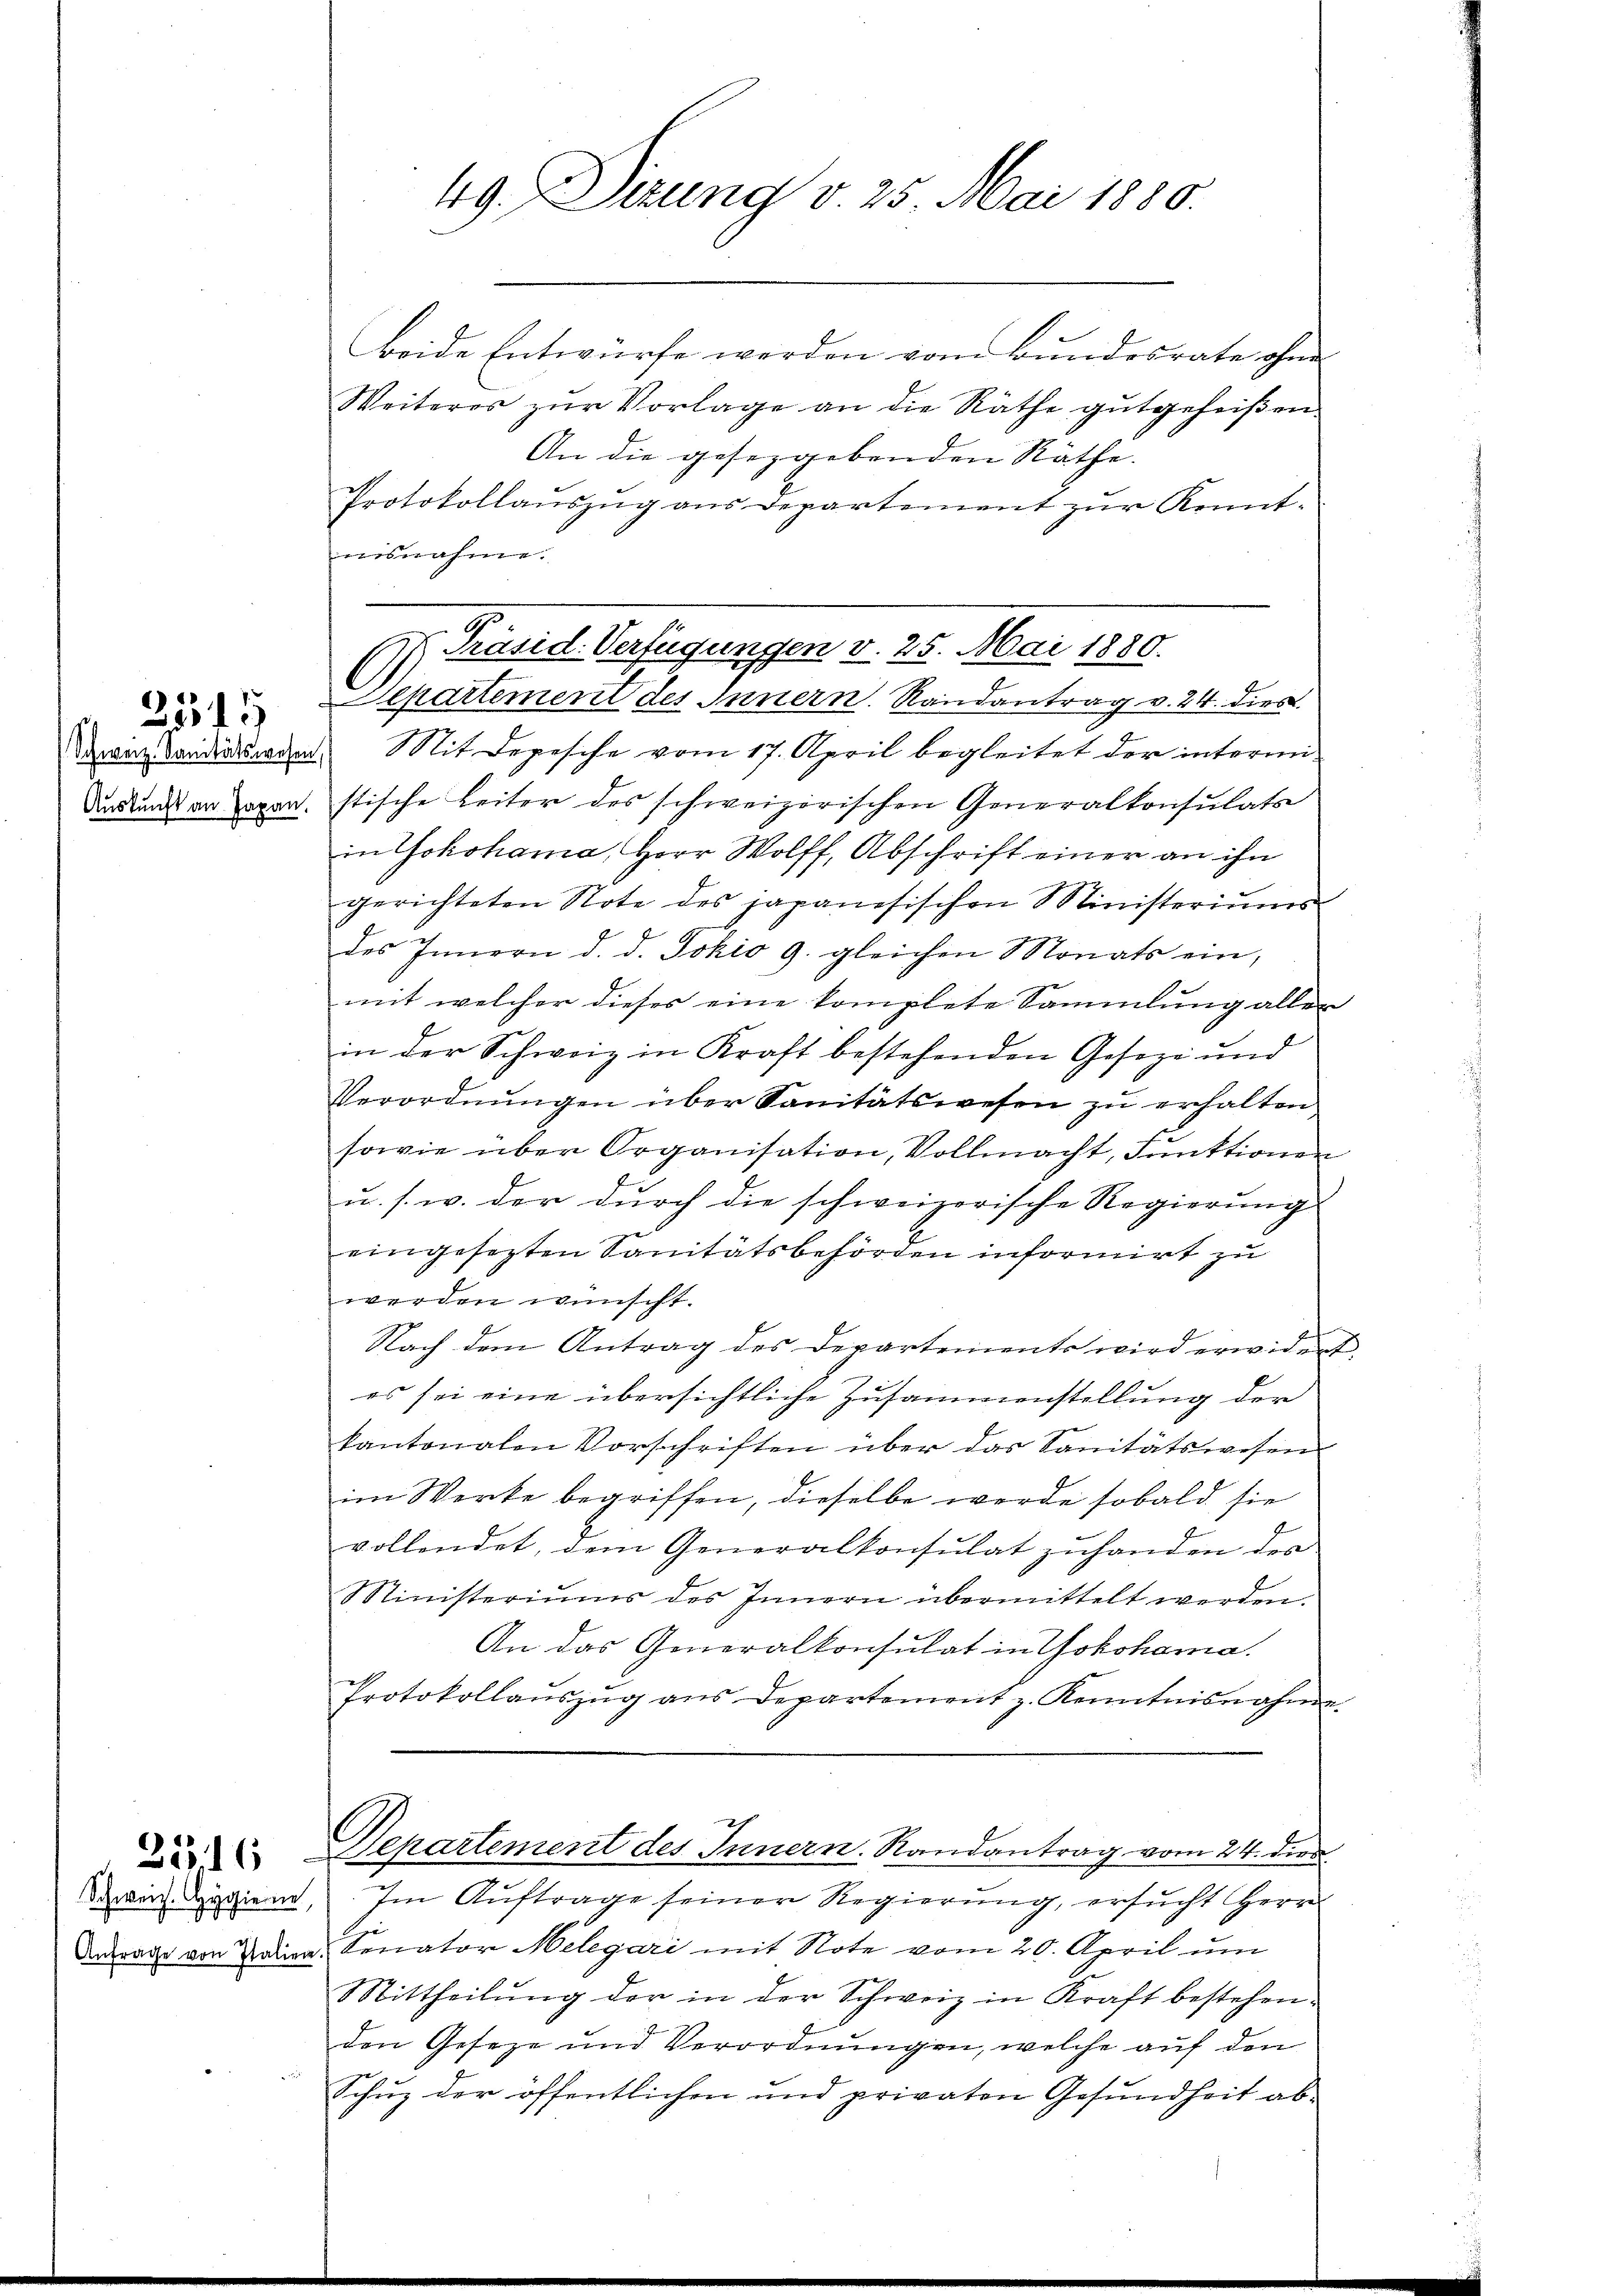
2315

Schweiz. Hygiene,

35. 16

beide Entwürfe werden vom Bundesrate ohne
Weiteres zur Vorlage an die Räthe gutgeheißen.
An die gesetzgebenden Räthe.
Protokollauszug aus Departement zur Kenntmisnahme.
Swagandisserden. Mit Depesche vom 17. April begleitet der intermidurkunden Japan. stische Leiter des schweizerischen Generalkonsulats
in Yokohama, Herr Wolff, Abschrift einer an ihn
gerichteten Note des japanesischen Ministeriŭms-
des Innern d. d. Jokio 9. gleichen Monats ein,
mit welcher dieses eine komplete Sammlung aller
in der Schweiz in Kraft bestehenden Geseze und
Verordnŭngen über Sanitätswesen zu erhalten
f
sowie über Organisation, Vollmacht, Funktionen
u. s. w. der durch die schweizerische Regierung
eingesezten Sanitätsbehörden informirt zu
werden wünscht.
Nach dem Antrag des Departements wird erwider
es sei eine übersichtliche Zusammenstellung der
kantonalen Vorschriften über das Sanitätswesen
im Werke begriffen, dieselbe werde sobald sie
J
vollendet, dem Generalkonsulat zŭhanden des
Ministeriums des Innern übermittelt werden.
An das Generalkonsulat in Yokohama.
Protokollaŭszŭg ans Departement z. Kenntnisnahme
Departement des Innern. Randantrag vom 24. dies
Im Auftrage seiner Regierung, ersucht Herr
Dnorie von Tria, Senator Melegari mit Note vom 20. April um
Mittheilung der in der Schweiz in Kraft bestehen.
den Geseze und Verordnungen, welche auf den
Schuz der öffentlichen und privaten Gesundheit ab¬

49. Dizung v. 25. Mai 1880.

Präsid. Verfügungen v. 25. Mai 1880.
C
Separtement des Innern. Randantrag v. 24. dies